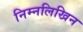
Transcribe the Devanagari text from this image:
निम्नलिखिन